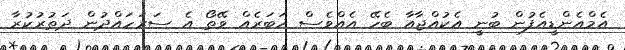
އެމްއެންޑީއެފުން ބުނީ އެކުއްޖާއާ ބެހޭ އެއްވެސް ޚަބަރެއް ވޭތޯ އެ ސަރަހައްދުން ދަތުރުކުރާ